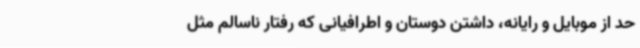
حد از موبایل و رایانه، داشتن دوستان و اطرافیانی که رفتار ناسالم مثل